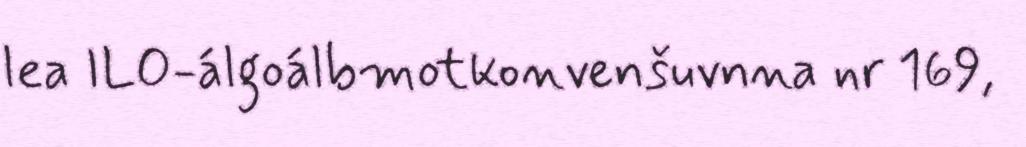
lea ILO-álgoálbmotkonvenšuvnna nr 169,